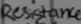
Text: Resistance